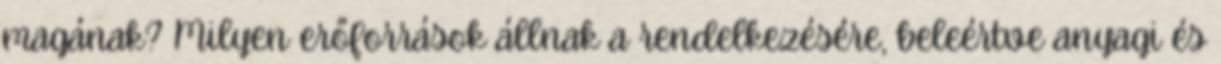
magának? Milyen erőforrások állnak a rendelkezésére, beleértve anyagi és